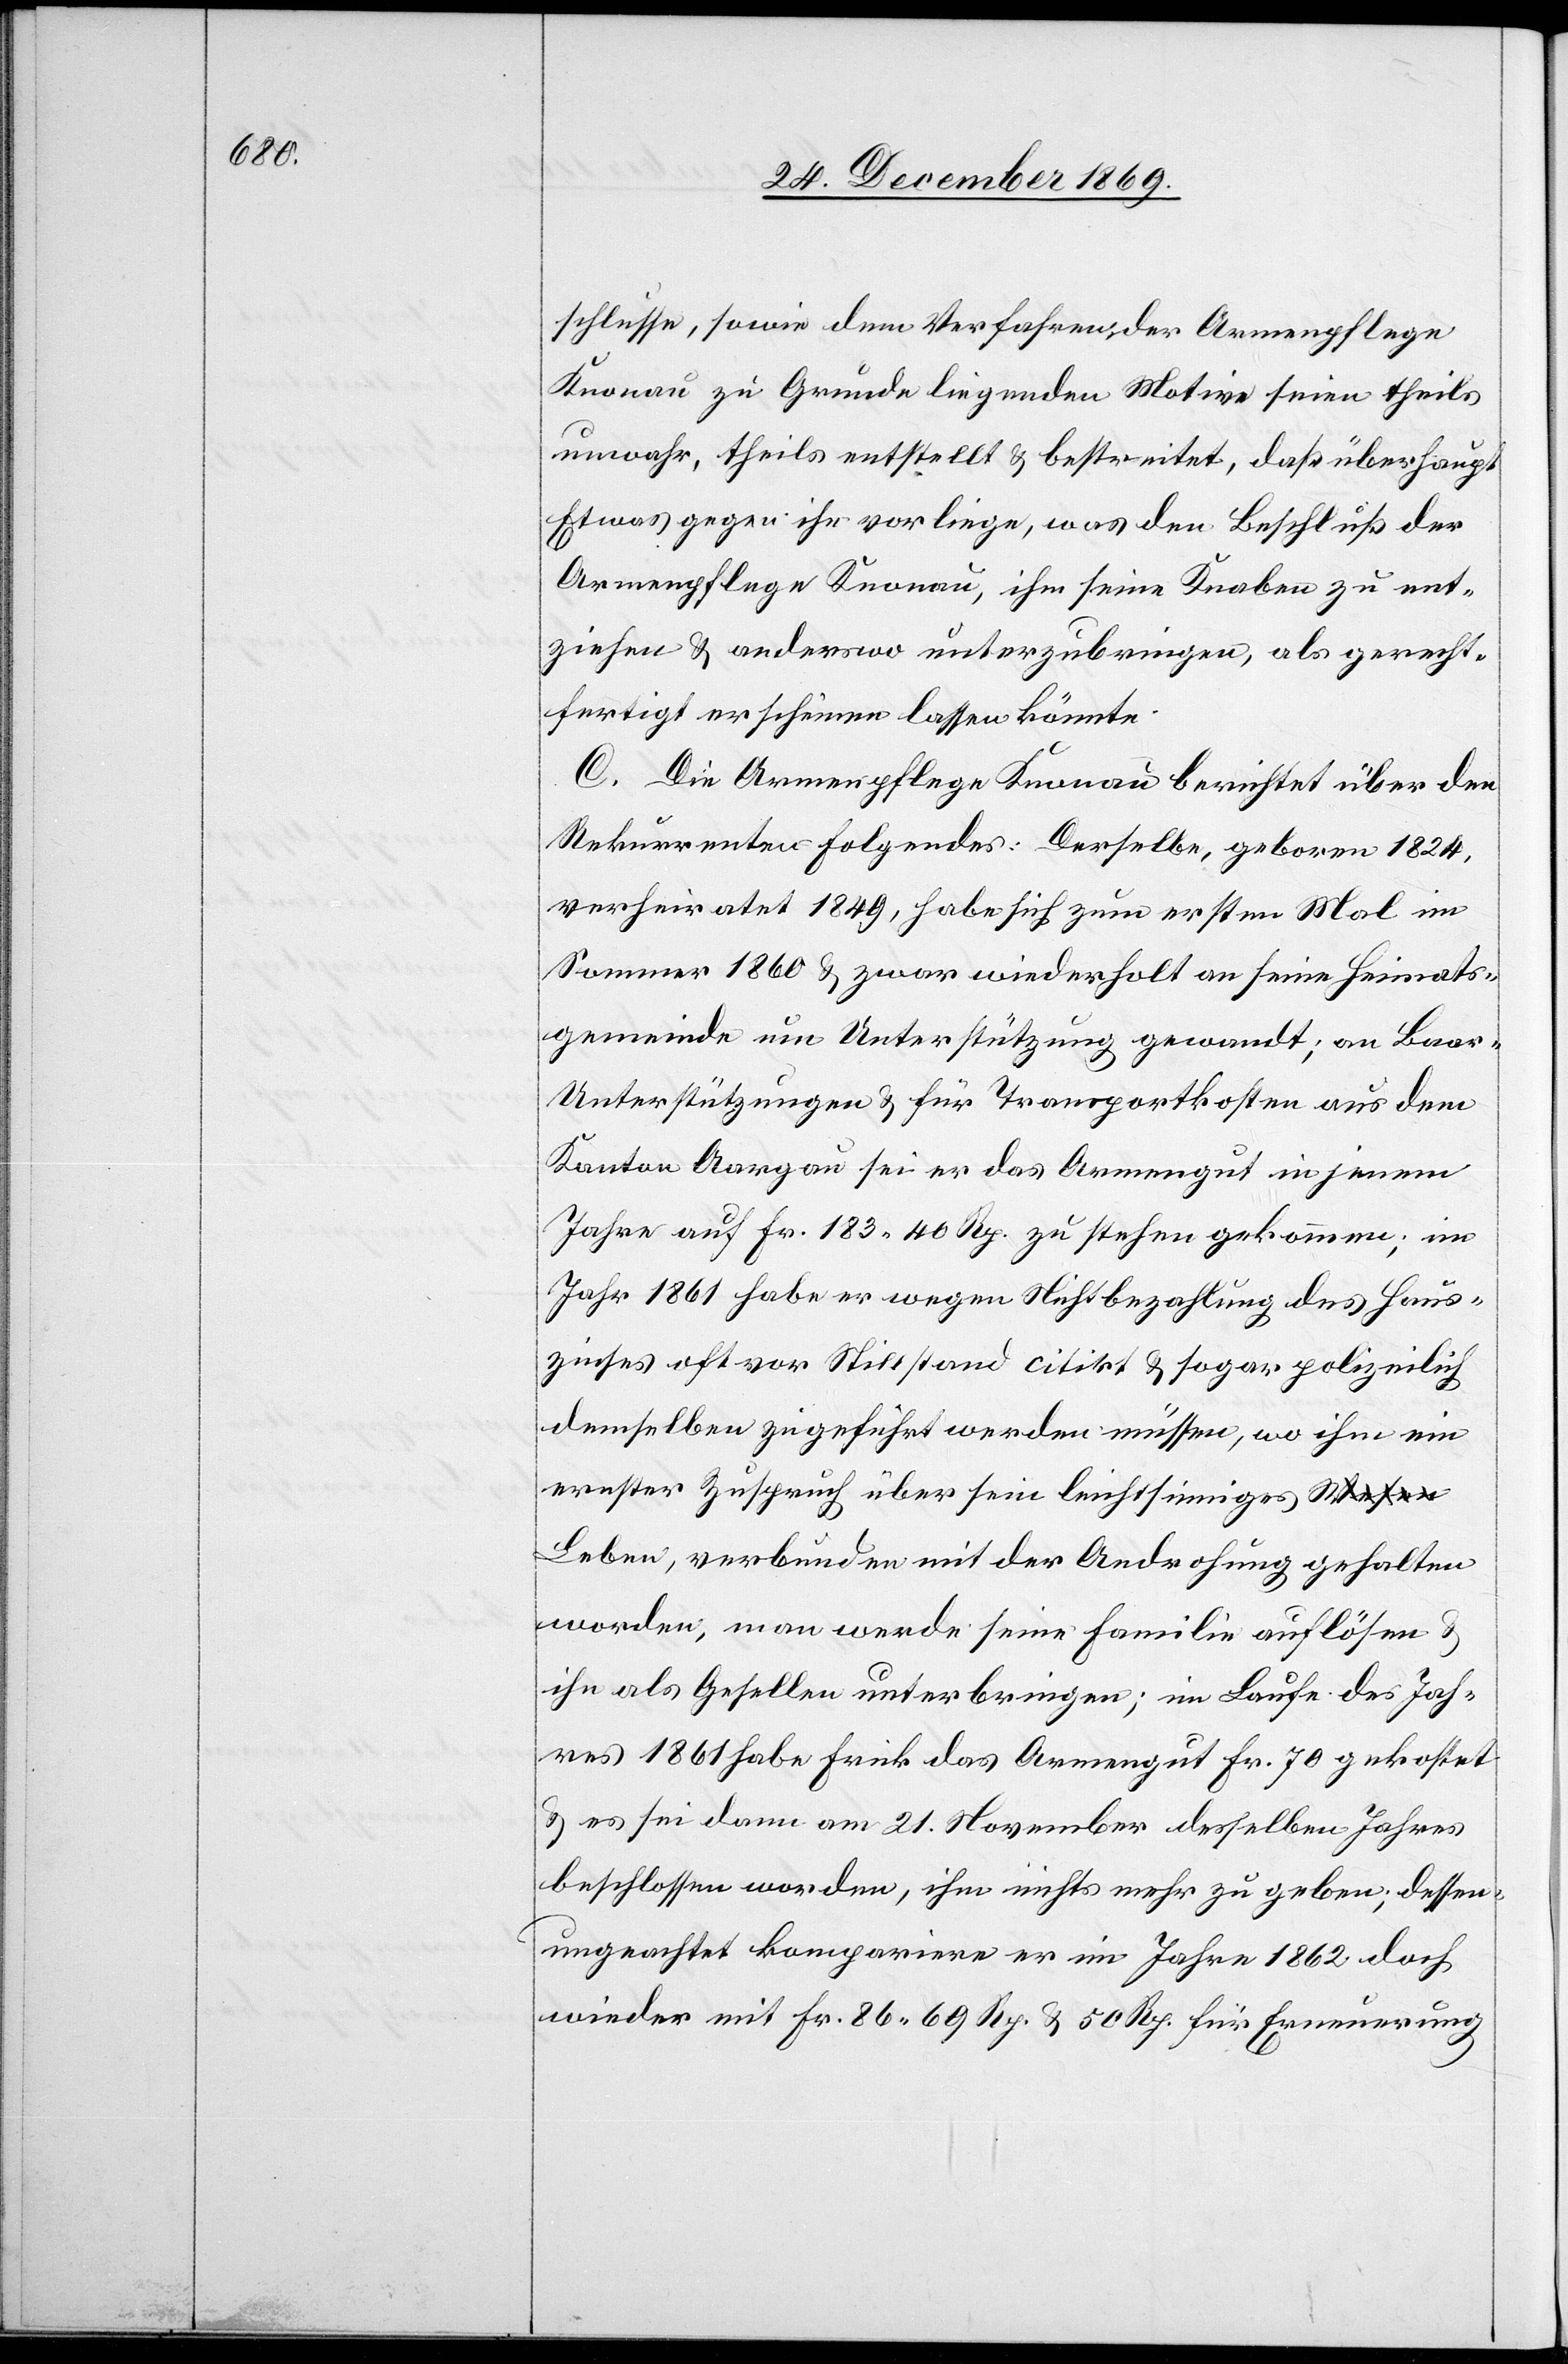
schlusse, sowie dem Verfahren der Armenpflege
Knonau zu Grunde liegenden Motive seien theils
unwahr, theils entstellt & bestreitet, daß überhaupt
Etwas gegen ihn vorliege, was den Beschluß der
Armenpflege Knonau, ihm seine Knaben zu ent¬
ziehen & anderswo unterzubringen, als gerecht¬
fertigt erscheinen lassen könnte.
C. Die Armenpflege Knonau berichtet über den
Rekurrenten Folgendes: Derselbe, geboren 1824,
verheiratet 1849, habe sich zum ersten Mal im
Sommer 1860 & zwar wiederholt an seine Heimats¬
gemeinde um Unterstützung gewandt; an Baar-U¬
nterstützungen & für Transportkosten aus dem
Kanton Aargau sei er das Armengut in jenem
Jahre auf Fr. 183 40 Rp. zu stehen gekommen; im
Jahr 1861 habe er wegen Nichtbezahlung des Haus¬
zinses oft vor Stillstand citirt & sogar polizeilich
demselben zugeführt werden müssen, wo ihm ein
ernster Zuspruch über sein leichtsinniges a-Wesen-a
Leben, verbunden mit der Androhung gehalten
worden, man werde seine Familie auflösen &
ihn als Gesellen unterbringen; im Laufe des Jah¬
res 1861 habe Frick das Armengut Fr. 70 gekostet
& es sei dann am 21. November desselben Jahres
beschlossen worden, ihm nichts mehr zu geben; dessen¬
ungeachtet kompariere er im Jahre 1862 doch
wieder mit Fr. 86 69 Rp. & 50 Rp. für Erneuerung